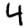
Digit: 4